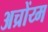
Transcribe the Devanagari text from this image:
अच्रोंय्म